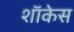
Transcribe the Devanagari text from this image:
शाॅकेस